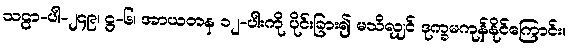
သဠာ-ပါ-၂၄၉၊ ဋ္ဌ-၆၊ အာယတန ၁၂-ပါးကို ပိုင်းခြား၍ မသိလျှင် ဒုက္ခမကုန်နိုင်ကြောင်း။